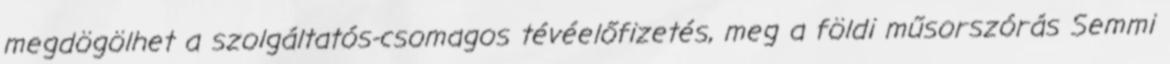
megdögölhet a szolgáltatós-csomagos tévéelőfizetés, meg a földi műsorszórás Semmi